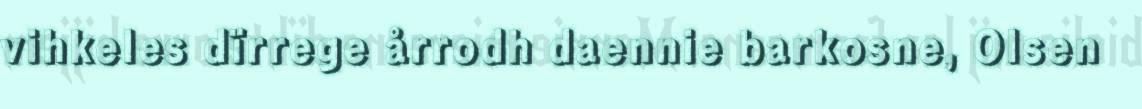
vihkeles dïrrege årrodh daennie barkosne, Olsen